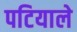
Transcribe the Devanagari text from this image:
पटियाले